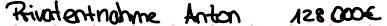
Privatentnahme Anton 128000€